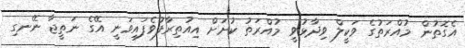
އެގޮތުން މުއްރަތުގެ ވަކީލް ވިދާޅުވީ މުއްރަތު ކުށަށް އިއުތިރާފުވެފައިވަނީ އޭގެ ނަތީޖާ ނޭނގި